Indian journal of veterinary science and animal husbandry - Volumes 24-25, 1954-1955
Year: 1954
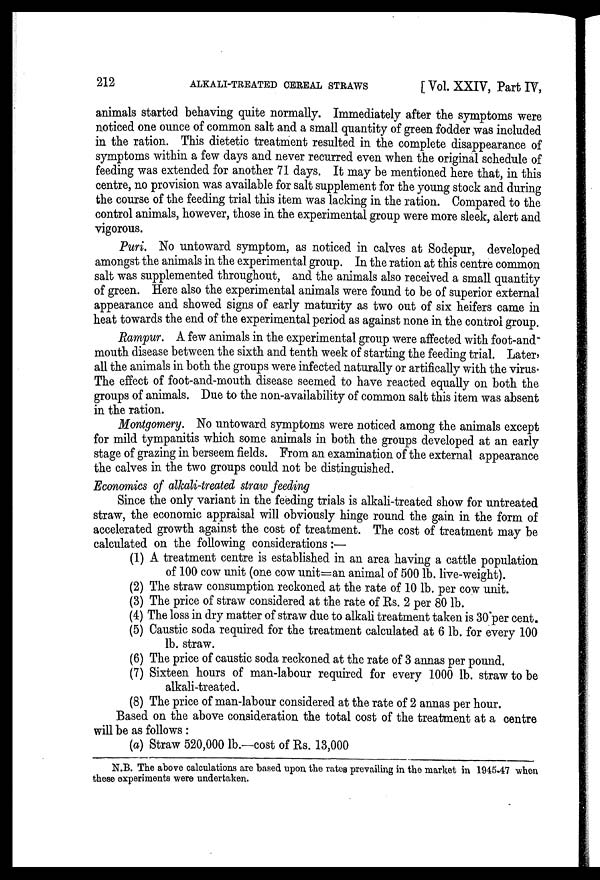
212
ALKALI-TREATED CEREAL STRAWS
[ Vol. XXIV, Part IV,
animals started behaving quite normally. Immediately after the symptoms were
noticed one ounce of common salt and a small quantity of green fodder was included
in the ration. This dietetic treatment resulted in the complete disappearance of
symptoms within a few days and never recurred even when the original schedule of
feeding was extended for another 71 days. It may be mentioned here that, in this
centre, no provision was available for salt supplement for the young stock and during
the course of the feeding trial this item was lacking in the ration. Compared to the
control animals, however, those in the experimental group were more sleek, alert and
vigorous.
Puri. No untoward symptom, as noticed in calves at Sodepur, developed
amongst the animals in the experimental group. In the ration at this centre common
salt was supplemented throughout, and the animals also received a small quantity
of green. Here also the experimental animals were found to be of superior external
appearance and showed signs of early maturity as two out of six heifers came in
heat towards the end of the experimental period as against none in the control group.
Rampur. A few animals in the experimental group were affected with foot-and-
mouth disease between the sixth and tenth week of starting the feeding trial. Later,
all the animals in both the groups were infected naturally or artirfically with the virus.
The effect of foot-and-mouth disease seemed to have reacted equally on both the
groups of animals. Due to the non-availability of common salt this item was absent
in the ration.
Montgomery. No untoward symptoms were noticed among the animals except
for mild tympanitis which some animals in both the groups developed at an early
stage of grazing in berseem fields. From an examination of the external appearance
the calves in the two groups could not be distinguished.
Economics of alkali-treated straw feeding
Since the only variant in the feeding trials is alkali-treated show for untreated
straw, the economic appraisal will obviously hinge round the gain in the form of
accelerated growth against the cost of treatment. The cost of treatment may be
calculated on the following considerations:—
(1) A treatment centre is established in an area having a cattle population
of 100 cow unit (one cow unit=an animal of 500 lb. live-weight).
(2) The straw consumption reckoned at the rate of 10 lb. per cow unit.
(3) The price of straw considered at the rate of Rs. 2 per 80 lb.
(4) The loss in dry matter of straw due to alkali treatment taken is 30 per cent.
(5) Caustic soda required for the treatment calculated at 6 lb. for every 100
lb. straw.
(6) The price of caustic soda reckoned at the rate of 3 annas per pound.
(7) Sixteen hours of man-labour required for every 1000 lb. straw to be
alkali-treated.
(8) The price of man-labour considered at the rate of 2 annas per hour.
Based on the above consideration the total cost of the treatment at a centre
will be as follows :
(a) Straw 520,000 lb.—cost of Rs. 13,000
N.B. The above calculations are based upon the rates prevailing in the market in 1945.47 when
these experiments were undertaken.